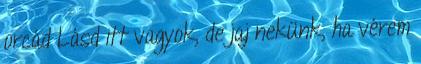
orcád Lásd itt vagyok, de jaj nekünk, ha vérem